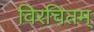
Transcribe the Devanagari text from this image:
विरचितम्